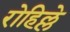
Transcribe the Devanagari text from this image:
रोहिल्ले